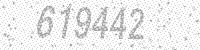
Solution: 619442